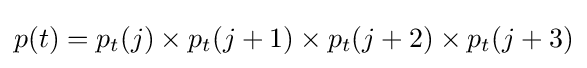
p(t)=p_{t}(j)\times p_{t}(j+1)\times p_{t}(j+2)\times p_{t}(j+3)